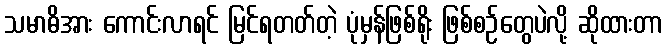
သမာဓိအား ကောင်းလာရင် မြင်ရတတ်တဲ့ ပုံမှန်ဖြစ်ရိုး ဖြစ်စဉ်တွေပဲလို့ ဆိုထားတာ